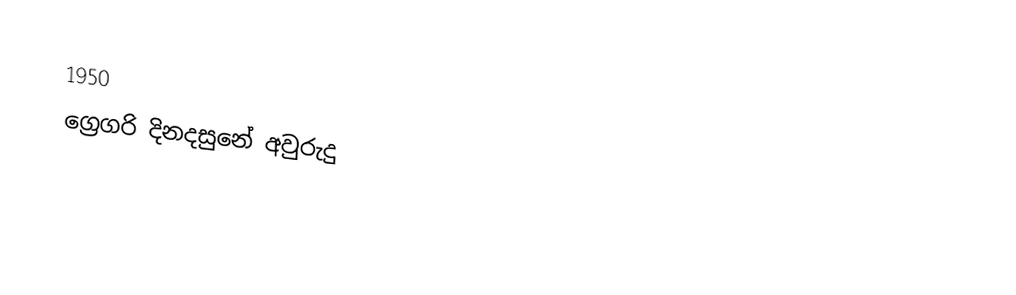
1950
ග්‍රෙගරි දිනදසුනේ අවුරුදු